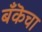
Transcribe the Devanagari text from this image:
बँकॆचा